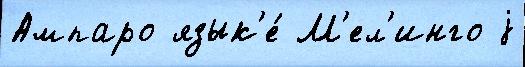
Ампаро язык'е́ М'ел'инго j